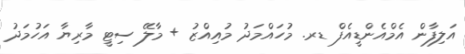
އަލިފާން އެމްއެންޑީއެފް ޑރ. މުހައްމަދު މުއިއްޒު + މާލޭ ސިޓީ މާރިޔާ އަހުމަދު